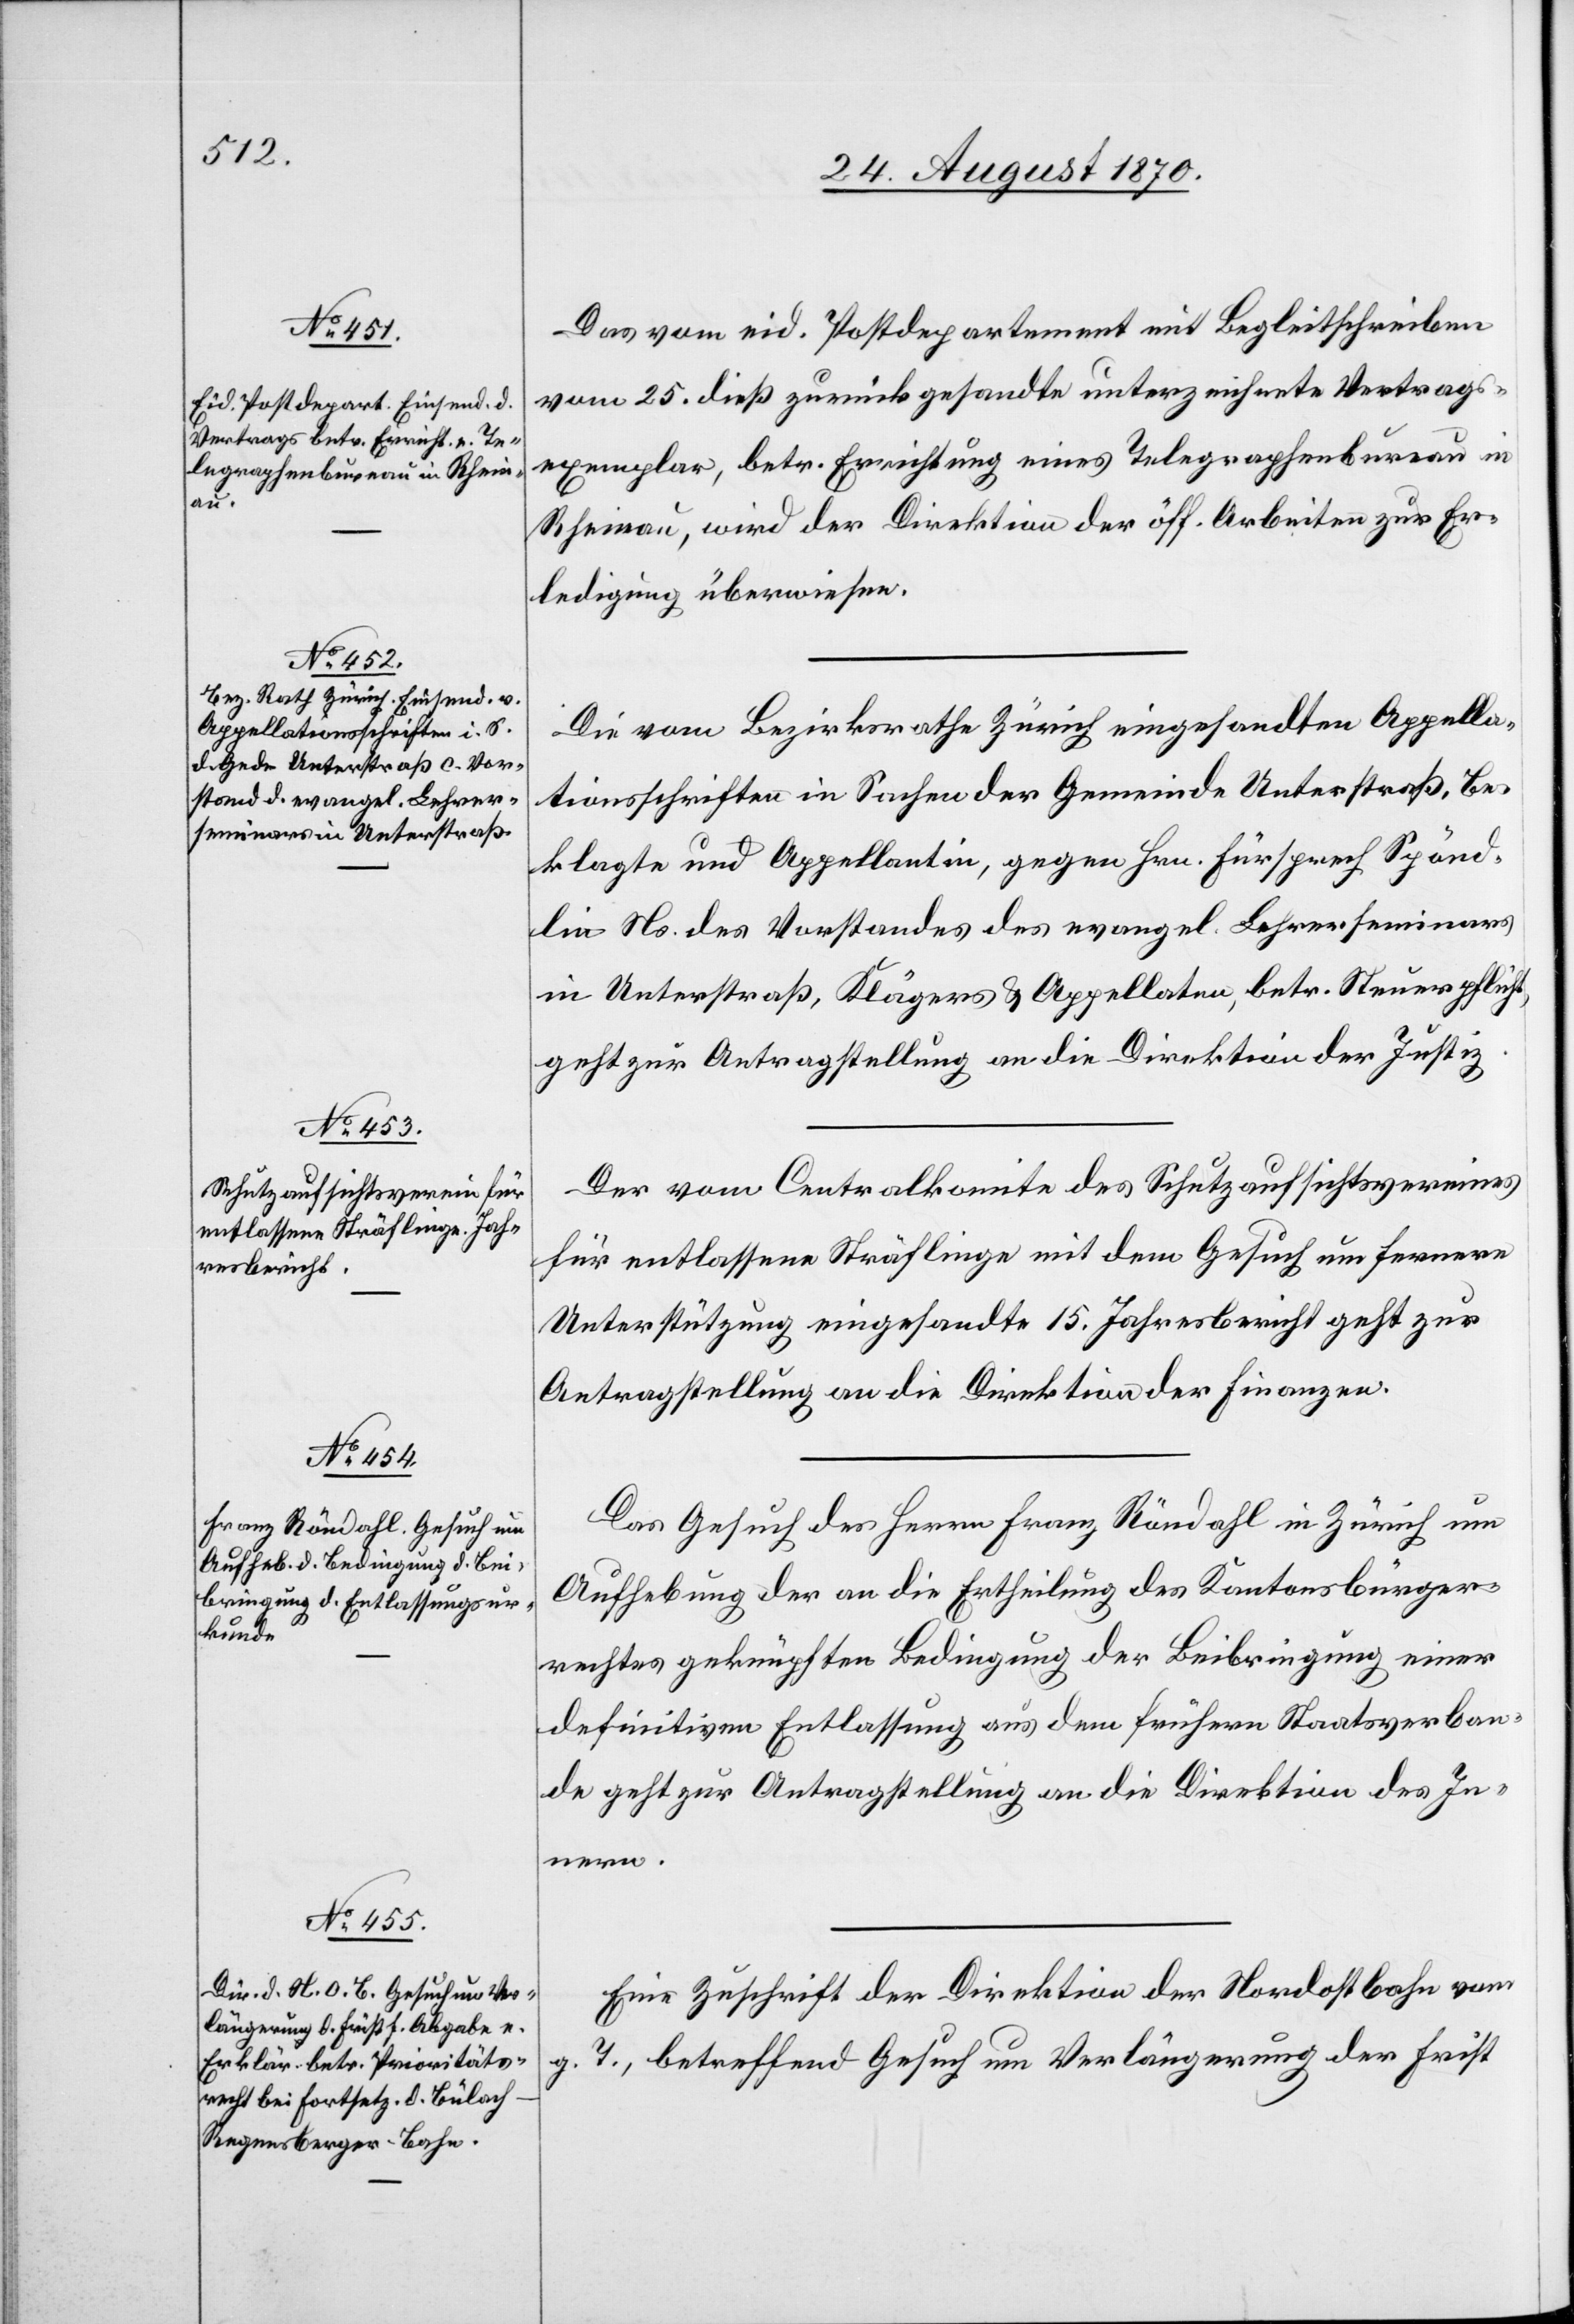
27. August 1870.]
Das vom eid. Postdepartement mit Begleitschreiben
vom 25. dieß zurückgesandte unterzeichnete Vertrags¬
exemplar, betr. Errichtung eines Telegraphenbureau in
Rheinau, wird der Direktion der öff. Arbeiten zur Er¬
ledigung überwiesen.
Die vom Bezirksrathe Zürich eingesandten Appella¬
tionsschriften in Sachen der Gemeinde Unterstraß, be¬
klagte und Appellantin, gegen Hrn. Fürsprech Spönd¬
lin Ns. des Vorstandes des evangel. Lehrerseminars
in Unterstraß, Klägers & Appellaten, betr. Steuerpflicht
geht zur Antragstellung an die Direktion der Justiz.
Der vom Centralkomite des Schutzaufsichtsvereines
für entlassene Sträflinge mit dem Gesuch um fernere
Unterstützung eingesandte 15. Jahresbericht geht zur
Antragstellung an die Direktion der Finanzen.
Das Gesuch des Herrn Franz Röndahl in Zürich um
Aufhebung der an die Ertheilung des Kantonsbürger¬
rechtes geknüpften Bedingung der Beibringung einer
definitiven Entlassung aus dem frühern Staatsverban¬
de geht zur Antragstellung an die Direktion des In¬
nern.
Eine Zuschrift der Direktion der Nordostbahn vom
T., betreffend Gesuch um Verlängerung der Frist
g.